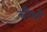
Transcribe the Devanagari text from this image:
चाैथी